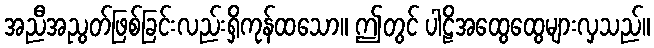
အညီအညွတ်ဖြစ်ခြင်းလည်းရှိကုန်ထသော။ ဤတွင် ပါဠိအထွေထွေများလှသည်။